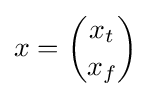
x={\binom {x_{t}}{x_{f}}}